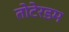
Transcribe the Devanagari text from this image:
तोटेरडम